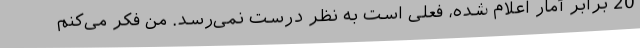
20 برابر آمار اعلام شده، فعلی است به نظر درست نمی‌رسد. من فکر می‌کنم